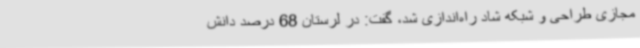
مجازی طراحی و شبکه شاد راه‌اندازی شد، گفت: در لرستان 68 درصد دانش